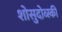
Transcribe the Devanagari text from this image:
शोसुदोव्स्की